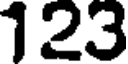
123